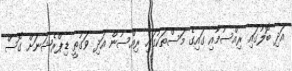
އަދި ބޮލުގައި ރިއްސުމާއި ގައިގެ މަސްތަކުގައި ރިއްސުން އަދި ވަގުތީ ޑިޕްރެޝަނަށް ގޮސް